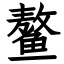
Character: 鳌